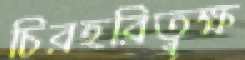
চিরহরিত্বৃক্ষ